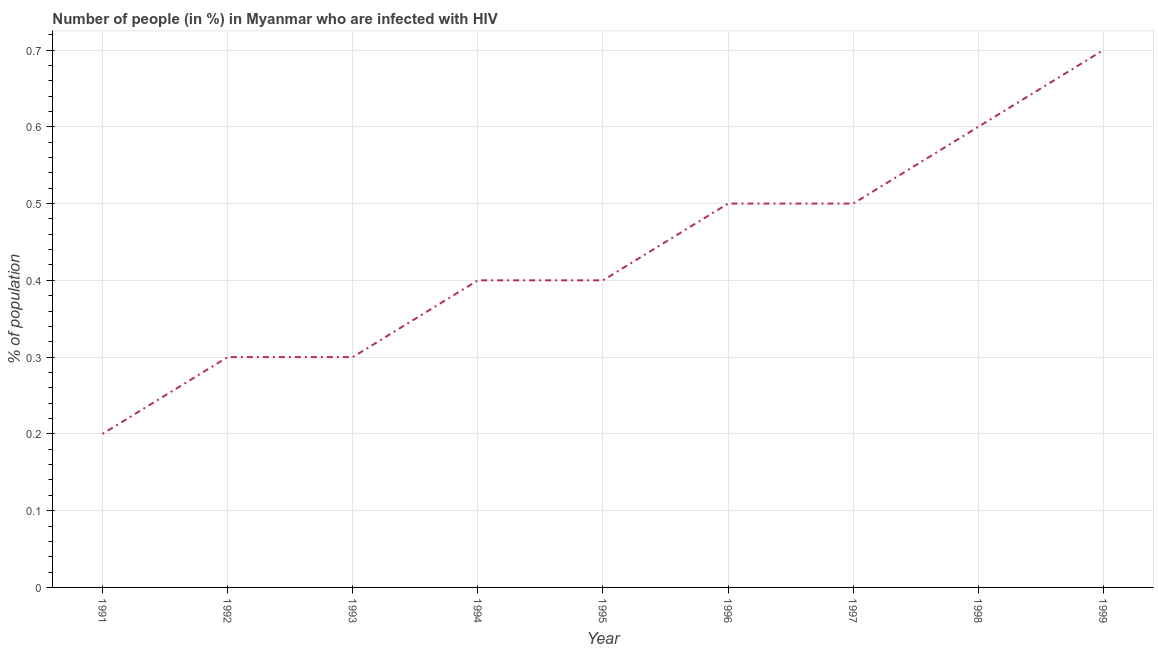
| Year | Infected with HIV |
 | --- | --- |
 | 1991 | 0.2 |
 | 1992 | 0.3 |
 | 1993 | 0.3 |
 | 1994 | 0.4 |
 | 1995 | 0.4 |
 | 1996 | 0.5 |
 | 1997 | 0.5 |
 | 1998 | 0.6 |
 | 1999 | 0.7 |